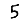
Digit: 5